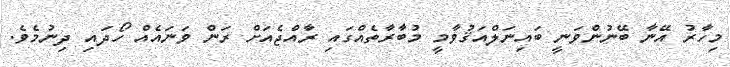
މިހާރު އޭނާ ބޭނުންވަނީ ބައިނަލްއަޤުވާމީ މުބާރާތެއްގައި ރާއްޖެއަށް ރަން ވަނައެއް ހޯދައި ދިނުމެވެ.